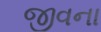
જીવના